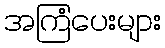
အကြံပေးများ